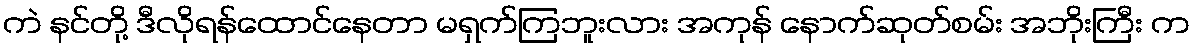
ကဲ နင်တို့ ဒီလိုရန်ထောင်နေတာ မရှက်ကြဘူးလား အကုန် နောက်ဆုတ်စမ်း အဘိုးကြီး က